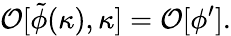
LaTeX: {\cal O}[\tilde{\phi}(\kappa),\kappa]={\cal O}[\phi^{\prime}].